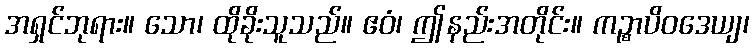
အရှင်ဘုရား။ သော၊ ထိုခိုးသူသည်။ ဧဝံ၊ ဤနည်းအတိုင်း။ ကဉ္စာပိဝဒေယျ၊